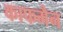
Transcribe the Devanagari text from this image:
काफमैन